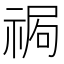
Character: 𥚍